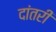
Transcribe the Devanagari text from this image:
दांतरी